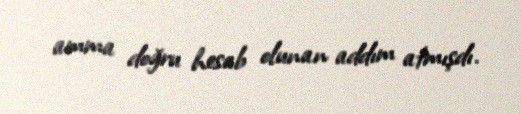
amma doğru hesab olunan addım atmışdı.